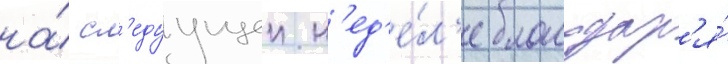
на́ сл'едуущеи н'ед'е́л'е благодар'я́